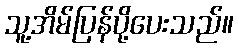
သူ့အိမ်ပြန်ပို့ပေးသည်။